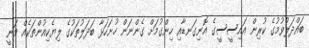
ބައްދަލުވުމުގެ ކުރިން އައިސީސީގެ އޮނިގަނޑާއި ހިންގުމަށް ގެންނަން ހުށަހަޅާ ބަދަލުތަކުގެ ލިޔެކިއުންތަކެއް ވަނީ